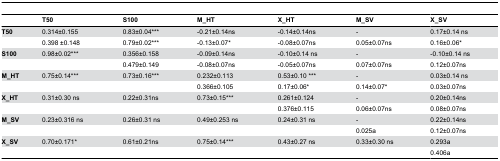
<table><thead><tr><td></td><td><b>T50</b></td><td><b>S100</b></td><td><b>M_HT</b></td><td><b>X_HT</b></td><td><b>M_SV</b></td><td><b>X_SV</b></td></tr></thead><tbody><tr><td><b>T50</b></td><td>0.314±0.155</td><td>0.83±0.04***</td><td>-0.21±0.14ns</td><td>-0.14±0.14ns</td><td>-</td><td>0.17±0.14 ns</td></tr><tr><td></td><td>0.398 ±0.148</td><td>0.79±0.02***</td><td>-0.13±0.07*</td><td>-0.08±0.07ns</td><td>0.05±0.07ns</td><td>0.16±0.06*</td></tr><tr><td><b>S100</b></td><td>0.98±0.02***</td><td>0.356±0.158</td><td>-0.09±0.14ns</td><td>-0.10±0.14 ns</td><td>-</td><td>-0.10±0.14 ns</td></tr><tr><td></td><td></td><td>0.479±0.149</td><td>-0.08±0.07ns</td><td>-0.05±0.07ns</td><td>0.07±0.07ns</td><td>0.12±0.07ns</td></tr><tr><td><b>M_HT</b></td><td>0.75±0.14***</td><td>0.73±0.16***</td><td>0.232±0.113</td><td>0.53±0.10 ***</td><td>-</td><td>0.03±0.14 ns</td></tr><tr><td></td><td></td><td></td><td>0.366±0.105</td><td>0.17±0.06*</td><td>0.14±0.07*</td><td>0.03±0.07ns</td></tr><tr><td><b>X_HT</b></td><td>0.31±0.30 ns</td><td>0.22±0.31ns</td><td>0.73±0.15***</td><td>0.261±0.124</td><td>-</td><td>0.20±0.14ns</td></tr><tr><td></td><td></td><td></td><td></td><td>0.376±0.115</td><td>0.06±0.07ns</td><td>0.08±0.07ns</td></tr><tr><td><b>M_SV</b></td><td>0.23±0.316 ns</td><td>0.26±0.31 ns</td><td>0.49±0.253 ns</td><td>0.24±0.31 ns</td><td>-</td><td>0.22±0.14ns</td></tr><tr><td></td><td></td><td></td><td></td><td></td><td>0.025a</td><td>0.12±0.07ns</td></tr><tr><td><b>X_SV</b></td><td>0.70±0.171*</td><td>0.61±0.21ns</td><td>0.75±0.14***</td><td>0.43±0.27 ns</td><td>0.33±0.30 ns</td><td>0.293a</td></tr><tr><td></td><td></td><td></td><td></td><td></td><td></td><td>0.406a</td></tr></tbody></table>